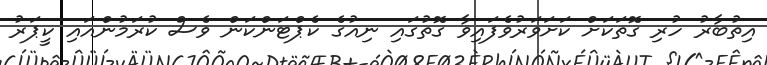
އިތުބާރު ހުރި ގޮތަކަށް ކަށަވަރުވެފައިވާ ގޮތުގައި ނިއުގެ ކެޕްޓަންކަން ވެސް ކުރަމުންއައި ކީޕަރު